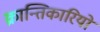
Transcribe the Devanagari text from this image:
क्रान्‍तिकारियों